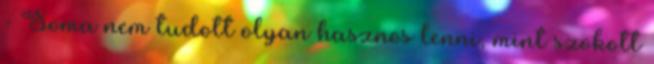
- Soma nem tudott olyan hasznos lenni, mint szokott